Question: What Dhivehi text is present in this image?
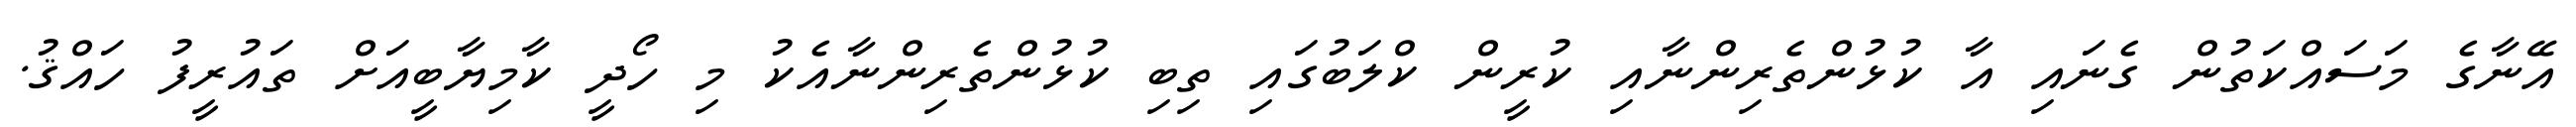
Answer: އޭނާގެ މަސައްކަތުން ގެނައި އާ ކުޅުންތެރިންނާއި ކުރީން ކްލަބުގައި ތިބި ކުޅުންތެރިންނާއެކު މި ހޯދީ ކާމިޔާބީއަށް ތައުރީފު ހައްޤު.